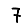
Digit: 7